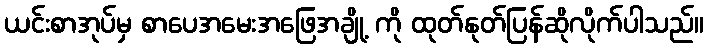
ယင်းစာအုပ်မှ စာပေအမေးအဖြေအချို့ ကို ထုတ်နုတ်ပြန်ဆိုလိုက်ပါသည်။